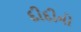
દીદીનો